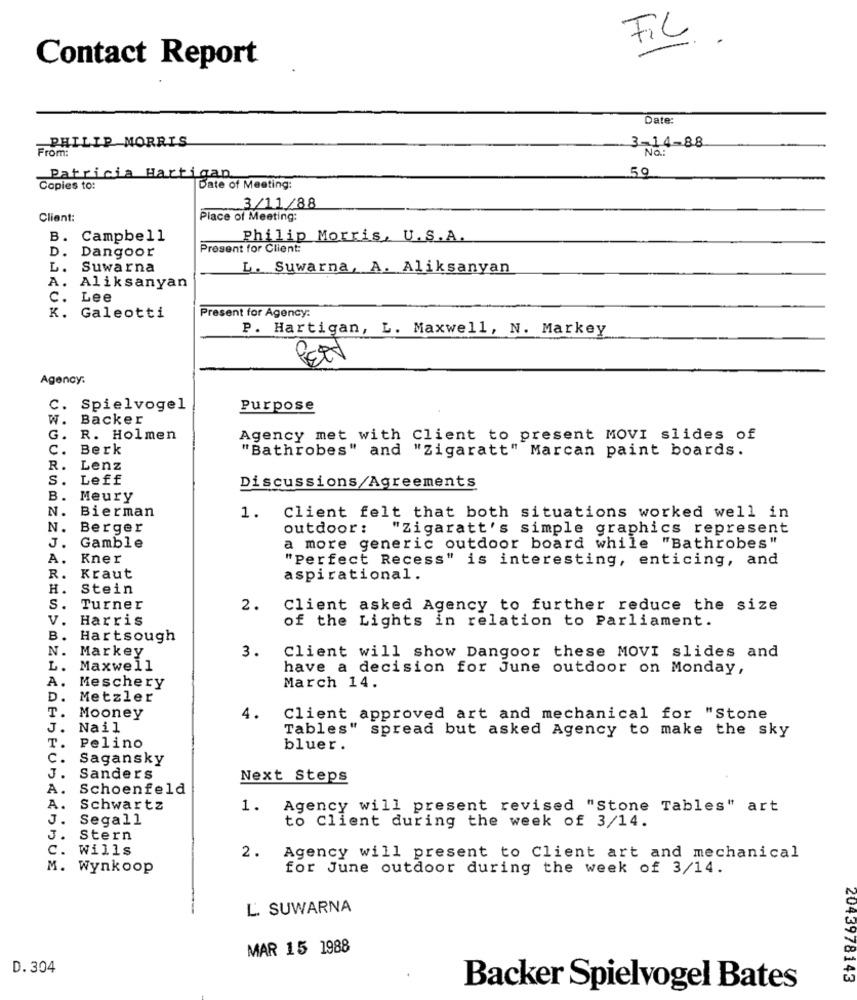
FIL .
Contact Report
Date:
PHILIP MORRIS
From:
3-14-88
Na:
59
Patricia Hartigan
Copies to:
Date of Meeting:
3/11/88
Client:
Place of Meeting:
B.
Campbell
Philip Morris, U.S.A.
D.
Present for Client:
Dangoor
L.
Suwarna
L. Suwarna, A. Aliksanyan
A. Aliksanyan
C.
Lee
K.
Present for Agency:
Galeotti
P. Hartigan, L. Maxwell, N. Markey
Agency.
C. Spielvogel
Purpose
W.
Backer
G.
R. Holmen
Agency met with Client to present MOVI slides of
C.
Berk
"Bathrobes" and "Zigaratt" Marcan paint boards.
R.
Lenz
s .
Leff
Discussions/Agreements
B.
Meury
N.
Bierman
1. Client felt that both situations worked well in
N.
Berger
outdoor :
"Zigaratt's simple graphics represent
a more generic outdoor board while "Bathrobes"
J.
Gamble
A.
Kner
"Perfect Recess" is interesting, enticing, and
R.
Kraut
aspirational.
H.
Stein
S.
Turner
2.
Client asked Agency to further reduce the size
v.
Harris
of the Lights in relation to Parliament.
B.
Hartsough
N.
Markey
Client will show Dangoor these MOVI slides and
3.
L.
Maxwell
have a decision for June outdoor on Monday,
A.
Meschery
March 14.
D.
Metzler
T.
Mooney
4.
Client approved art and mechanical for "Stone
J.
Nail
Tables" spread but asked Agency to make the sky
T.
Pelino
bluer.
C.
Sagansky
J
Sanders
Next Steps
A.
Schoenfeld
A.
Schwartz
1.
Agency will present revised "Stone Tables" art
J .
Segall
to Client during the week of 3/14.
J
Stern
C.
Wills
2.
Agency will present to Client art and mechanical
M. Wynkoop
for June outdoor during the week of 3/14.
L. SUWARNA
MAR 15 1988
D. 304
2043978143
Backer Spielvogel Bates